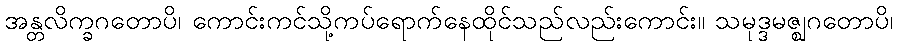
အန္တလိက္ခဂတောပိ၊ ကောင်းကင်သို့ကပ်ရောက်နေထိုင်သည်လည်းကောင်း။ သမုဒ္ဒမဇ္ဈဂတောပိ၊